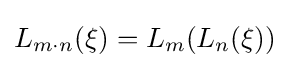
L_{m\cdot n}(\xi )=L_{m}(L_{n}(\xi ))